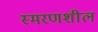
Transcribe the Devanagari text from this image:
स्मरणशील